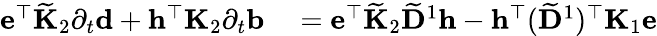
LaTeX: \begin{array}{rl}{\mathbf{e}^{\top}\widetilde{\mathbf{K}}_{2}\partial_{t}\mathbf{d}+\mathbf{h}^{\top}\mathbf{K}_{2}\partial_{t}\mathbf{b}}&{{}=\mathbf{e}^{\top}\widetilde{\mathbf{K}}_{2}\widetilde{\mathbf{D}}^{1}\mathbf{h}-{\mathbf{h}^{\top}(\widetilde{\mathbf{D}}^{1})^{\top}}\mathbf{K}_{1}\mathbf{e}}\end{array}